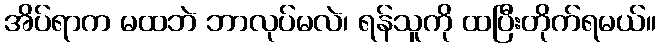
အိပ်ရာက မထဘဲ ဘာလုပ်မလဲ၊ ရန်သူကို ထပြီးတိုက်ရမယ်။